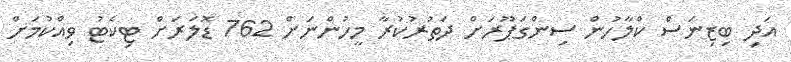
އަދި ބިޒިނަސް ކްލާހުން ސިންގަޕޫރަށް ދަތުރުކުރާ މީހުންނަށް 762 ޑޮލަރަށް ޓިކެޓު ވިއްކުމަށް